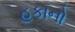
હૂકાનો